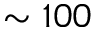
\sim 1 0 0